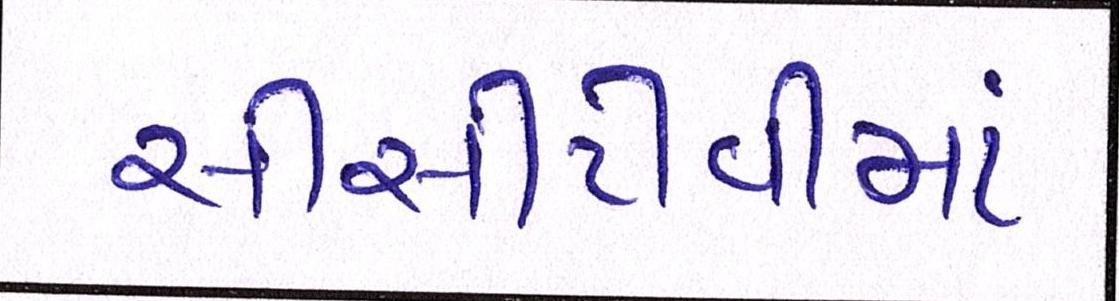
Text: સીસીટીવીમાં